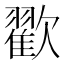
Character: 𣤩